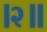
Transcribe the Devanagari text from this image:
।२॥